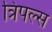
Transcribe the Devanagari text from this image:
त्रिपल्स